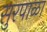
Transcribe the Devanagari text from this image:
सुरपाळा